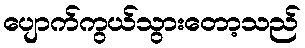
ပျောက်ကွယ်သွားတော့သည်